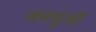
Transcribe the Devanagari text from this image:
जनपुंजों